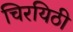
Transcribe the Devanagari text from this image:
चिरयिठी